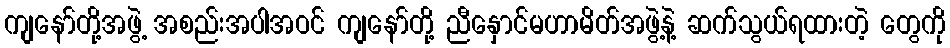
ကျနော်တို့အဖွဲ့ အစည်းအပါအဝင် ကျနော်တို့ ညီနှောင်မဟာမိတ်အဖွဲ့နဲ့ ဆက်သွယ်ရထားတဲ့ တွေကို